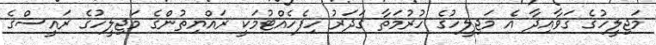
މަޖިލީހުގެ ގަވާއިދާ އެ މަޖިލީހުގެ ހުރުމަތާ ގަދަރު ހިފެހެއްޓުމަކީ ރައްޔިތުންގެ މަޖިލީހުގެ ރައީސްގެ